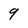
Character: 9